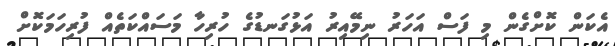
އެކަން ކޮށްގެން މި ފަސް އަހަރު ނިމޭއިރު އަޅުގަނޑުގެ ހުރިހާ މަސައްކަތެއް ފުރިހަމަކޮށް